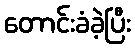
တောင်းခံခဲ့ပြီး